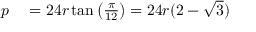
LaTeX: \begin{array} { r l } { p } & { { } = 2 4 r \tan \left( { \frac { \pi } { 1 2 } } \right) = 2 4 r ( 2 - { \sqrt { 3 } } ) } \end{array}